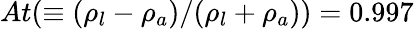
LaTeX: At(\equiv(\rho_{l}-\rho_{a})/(\rho_{l}+\rho_{a}))=0.997